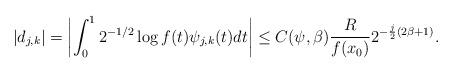
LaTeX: \begin{align*}|d_{j,k}| = \left| \int_0^1 2^{-1/2} \log f(t) \psi_{j,k}(t) dt \right| \leq C(\psi,\beta)\frac{R}{f(x_0)} 2^{-\frac{j}{2}(2\beta+1)}.\end{align*}